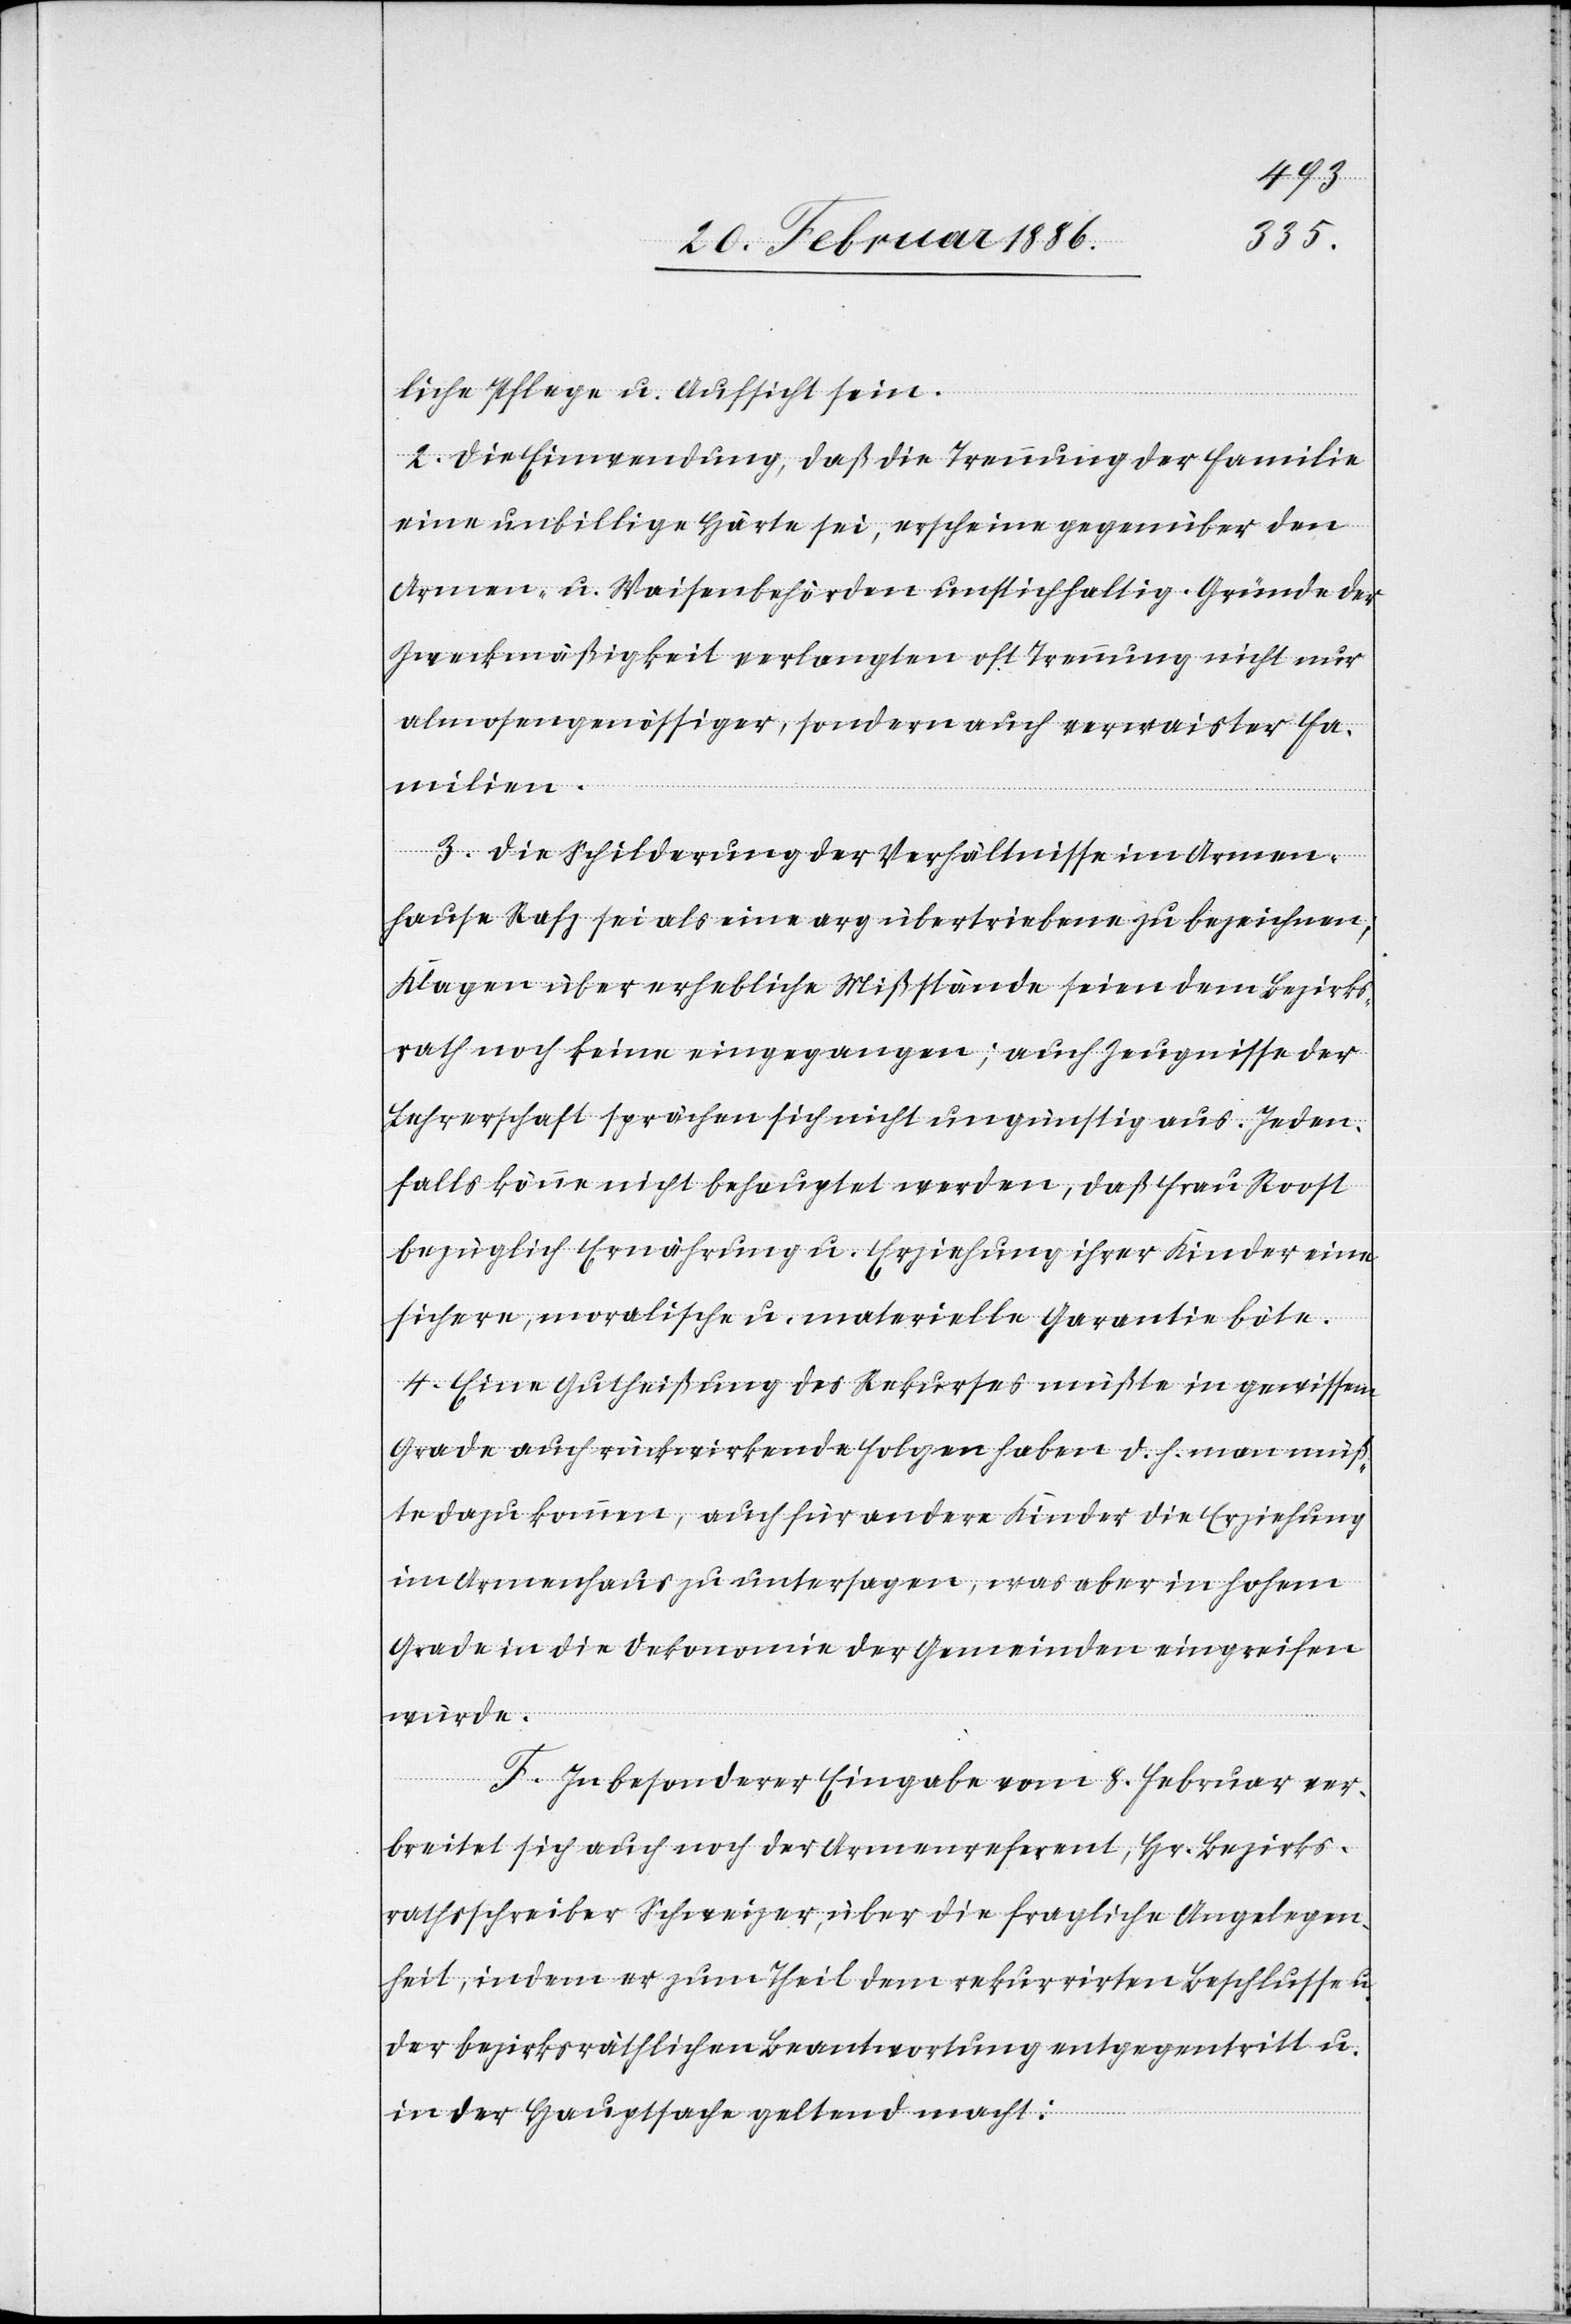
liche Pflege u. Aufsicht sein.
2. Die Einwendung, daß die Trennung der Familie
eine unbillige Härte sei, erscheine gegenüber den
Armen- u. Waisenbehörden unstichhaltig. Gründe der
Zweckmäßigkeit verlangten oft Trennung nicht nur
almosengenössiger, sondern auch verwaister Fa¬
milien.
3. Die Schilderung der Verhältnisse im Armen¬
hause Rafz sei als eine arg übertriebene zu bezeichnen;
Klagen über erhebliche Mißstände seien dem Bezirks¬
rath noch keine eingegangen; auch Zeugnisse der
Lehrerschaft sprächen sich nicht ungünstig aus. Jeden¬
falls könne nicht behauptet werden, daß Frau Roost
bezüglich Ernährung u. Erziehung ihrer Kinder eine
sichere, moralische u. materielle Garantie böte.
4. Eine Gutheißung des Rekurses müßte in gewissem
Grade auch rückwirkende Folgen haben d. h. man müß¬
te dazu kommen, auch für andere Kinder die Erziehung
im Armenhaus zu untersagen, was aber in hohem
Grade in die Oekonomie der Gemeinden eingreifen
würde.
F. In besonderer Eingabe vom 8. Februar ver¬
breitet sich auch noch der Armenreferent, Hr. Bezirks¬
rathsschreiber Schweizer, über die fragliche Angelegen¬
heit, indem er zum Theil dem rekurrirten Beschlusse
der bezirksräthlichen Beantwortung entgegentritt u.
in der Hauptsache geltend macht: